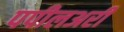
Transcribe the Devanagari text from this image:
पपीलअरी